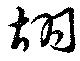
胡